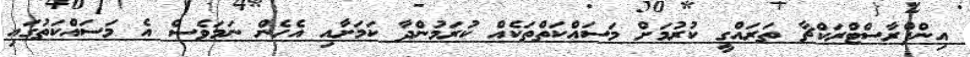
އިންފްރާސްޓްރަކްޗާ ތަރައްގީ ކުރުމަށް މަސައްކަތްތަކެއް ކުރަމުންދާ ކަމަށާއި އެހެން ނަމަވެސް އެ މަސައްކަތުގައި